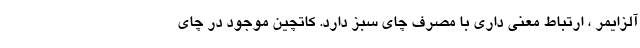
آلزایمر ، ارتباط معنی داری با مصرف چای سبز دارد. كاتچین موجود در چای